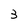
Character: 3